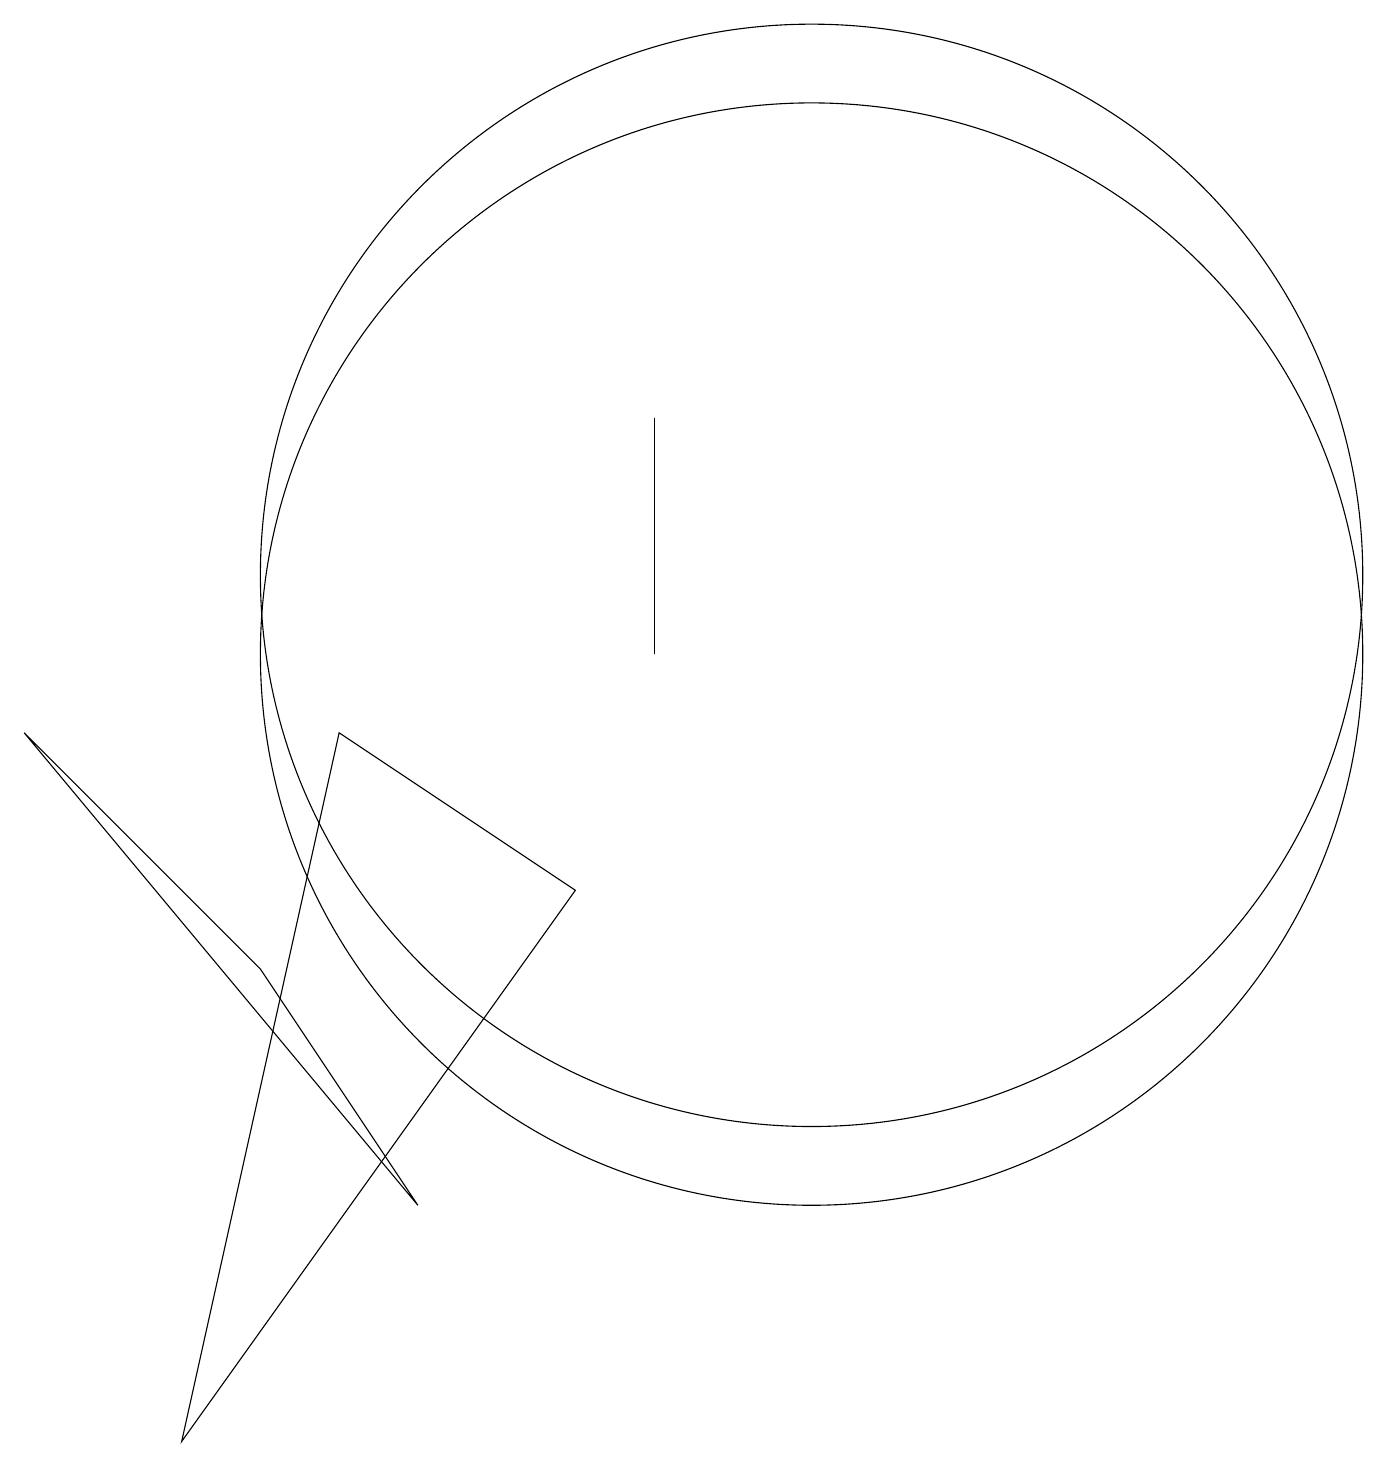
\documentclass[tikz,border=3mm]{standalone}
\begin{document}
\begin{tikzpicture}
\draw (10,10) circle (7);
\draw (10,11) circle (7);
\draw (4,9) -- (7,7) -- (2,0) -- cycle;
\draw (0,9) -- (5,3) -- (3,6) -- cycle;
\draw (8,13) rectangle (8,10);
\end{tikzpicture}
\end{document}